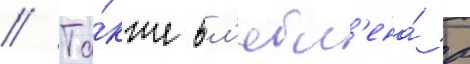
// Та́кже вл'юбл'ена́ в